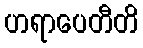
ဟရာပေတီတိ